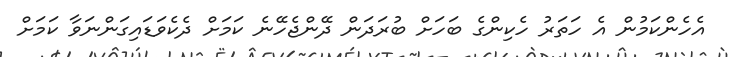
އެހެންކަމުން އެ ހަތަރު ހެކިންގެ ބަހަށް ބުރަދަން ދޭންޖެހޭނެ ކަމަށް ދެކެވަޑައިގަންނަވާ ކަމަށް